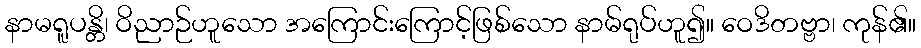
နာမရူပန္တိ၊ ဝိညာဉ်ဟူသော အကြောင်းကြောင့်ဖြစ်သော နာမ်ရုပ်ဟူ၍။ ဝေဒိတဗ္ဗာ၊ ကုန်၏။